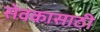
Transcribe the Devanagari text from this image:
सेवकासाठी